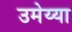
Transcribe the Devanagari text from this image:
उमेय्या